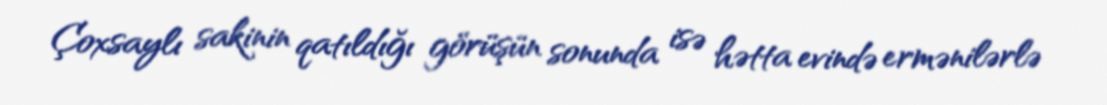
Çoxsaylı sakinin qatıldığı görüşün sonunda isə hətta evində ermənilərlə